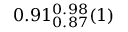
0 . 9 1 _ { 0 . 8 7 } ^ { 0 . 9 8 } ( 1 )